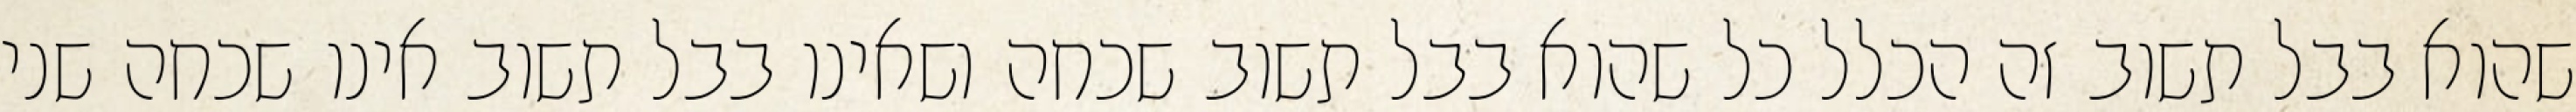
שהוא בבל תשוב זה הכלל כל שהוא בבל תשוב שכחה ושאינו בבל תשוב אינו שכחה שני